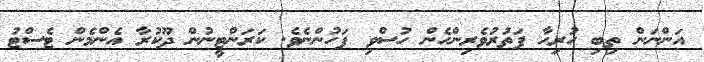
އަންނަން ތިބި ހުރިހާ ފަތުރުވެރިންހެން ހުސްވި ފަހުންނެވެ. ކަރަންޓީނުން ދޫކުރާ އެންމެން ޓެސްޓު